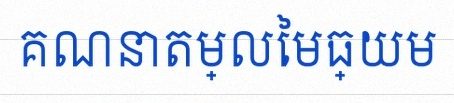
គណនាតម្លៃមធ្យម